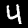
Digit: 4